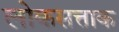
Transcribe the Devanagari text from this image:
लोकसत्ताक